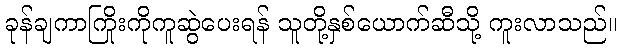
ခုန်ချကာကြိုးကိုကူဆွဲပေးရန် သူတို့နှစ်ယောက်ဆီသို့ ကူးလာသည်။